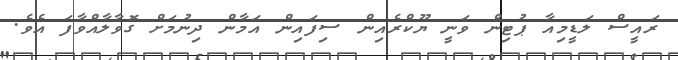
ރައީސް ލަޑީމިއާ ޕުޓިން ވަނީ ޔޫކްރެއިން ސިފައިން އަމާން ދިނުމަށް ގޮވާލާއްވާފަ އެވެ.